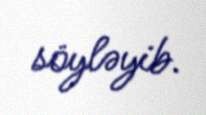
söyləyib.